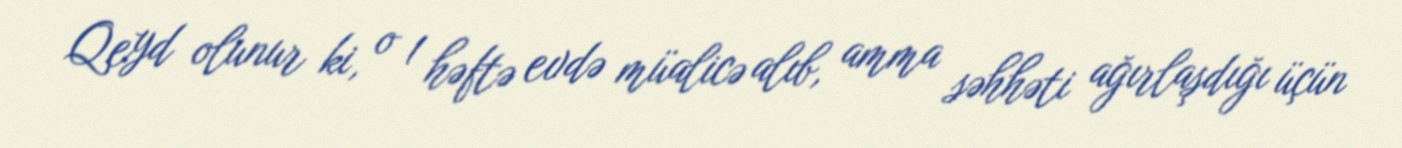
Qeyd olunur ki, o 1 həftə evdə müalicə alıb, amma səhhəti ağırlaşdığı üçün